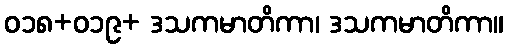
ဝ၁၈+၀၁၉+ ဒသကမာတိကာ၊ ဒသကမာတိကာ။